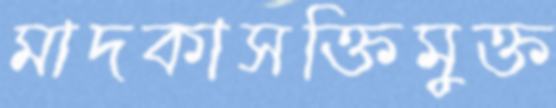
মাদকাসক্তিমুক্ত